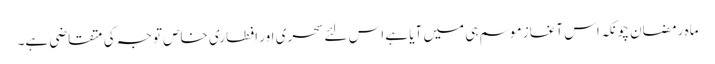
ماہِ رمضان چونکہ اس آغازِ موسم ہی میں آیا ہے اس لئے سحری اور افطاری خاص توجہ کی متقاضی ہے۔